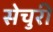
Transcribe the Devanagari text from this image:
सेचुरी